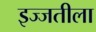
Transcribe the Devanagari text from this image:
इज्जतीला